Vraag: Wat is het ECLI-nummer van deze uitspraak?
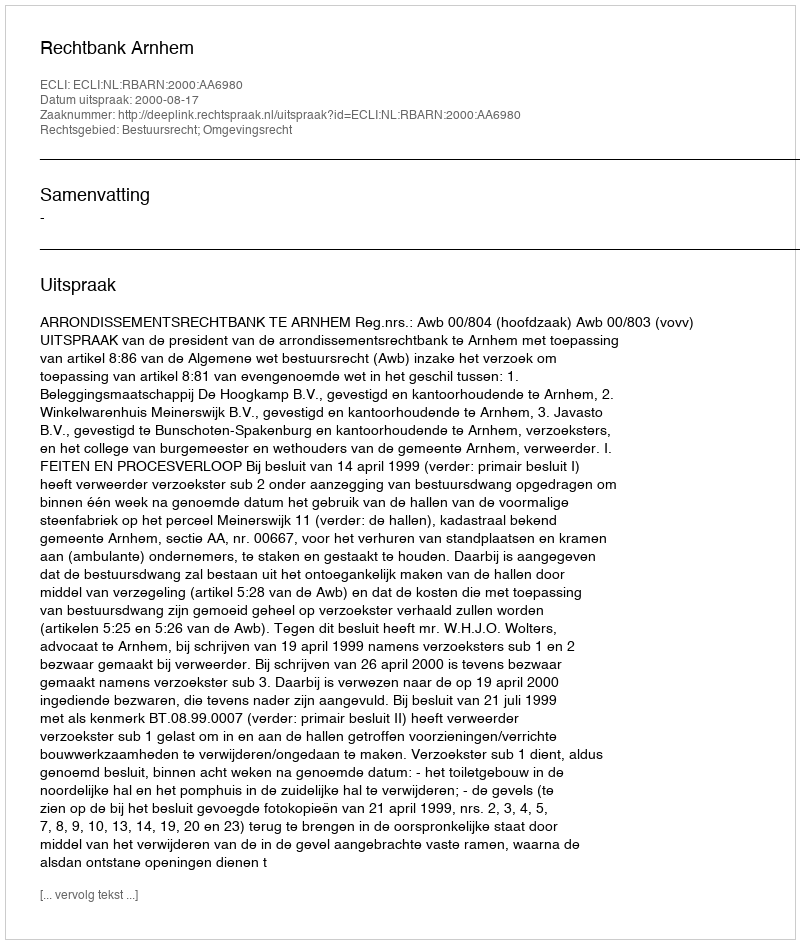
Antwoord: ECLI:NL:RBARN:2000:AA6980